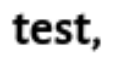
test,